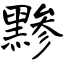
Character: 黪